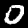
Digit: 0